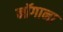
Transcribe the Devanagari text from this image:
नॉगाना